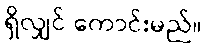
ရှိလျှင် ကောင်းမည်။